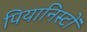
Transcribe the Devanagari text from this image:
पियानिस्टों